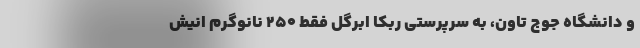
و دانشگاه جوج تاون، به سرپرستی ربکا اَبِرگِل فقط ۲۵۰ نانوگرم انیش